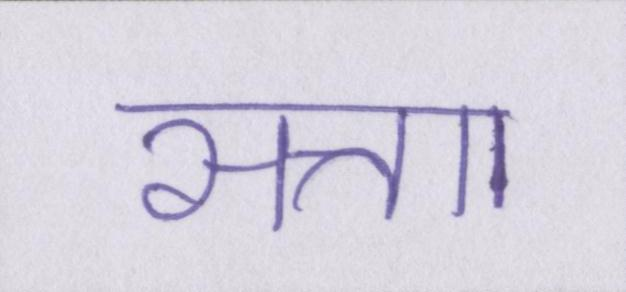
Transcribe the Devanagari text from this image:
सत्ताा